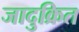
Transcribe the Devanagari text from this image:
जादुक्रित